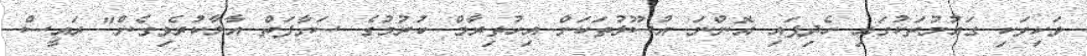
ވަކިވަކި ގައުމުތަކުގައި ހެދިފައި އޮންނަ އުސޫލުތަކަށް އިހުތިރާމް ކުރުމުގެ ސަގާފަތް އާލާކުރެވިގެން" ރައީސް